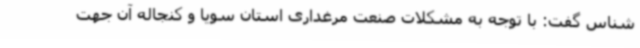
شناس گفت: با توجه به مشکلات صنعت مرغداری استان سویا و کنجاله آن جهت